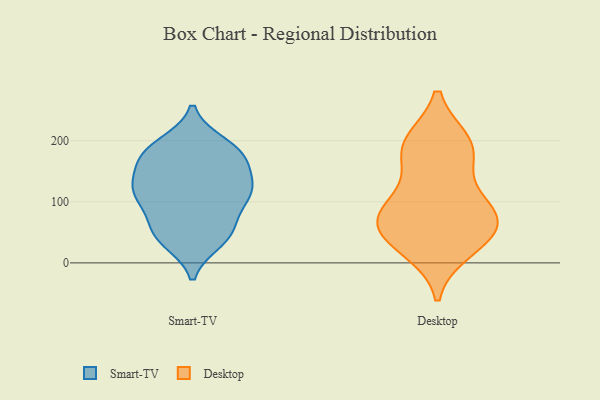
{"axis": {"x": "Customer Acquisition Cost (USD)", "y": "Value"}, "legend": ["Desktop", "Smart-TV"], "data": [{"x": "", "y": 191, "type": "Smart-TV"}, {"x": "", "y": 116, "type": "Smart-TV"}, {"x": "", "y": 176, "type": "Smart-TV"}, {"x": "", "y": 115, "type": "Smart-TV"}, {"x": "", "y": 194, "type": "Smart-TV"}, {"x": "", "y": 121, "type": "Smart-TV"}, {"x": "", "y": 167, "type": "Smart-TV"}, {"x": "", "y": 173, "type": "Smart-TV"}, {"x": "", "y": 48, "type": "Smart-TV"}, {"x": "", "y": 69, "type": "Smart-TV"}, {"x": "", "y": 50, "type": "Smart-TV"}, {"x": "", "y": 99, "type": "Smart-TV"}, {"x": "", "y": 116, "type": "Smart-TV"}, {"x": "", "y": 174, "type": "Smart-TV"}, {"x": "", "y": 138, "type": "Smart-TV"}, {"x": "", "y": 118, "type": "Smart-TV"}, {"x": "", "y": 36, "type": "Smart-TV"}, {"x": "", "y": 42, "type": "Smart-TV"}, {"x": "", "y": 57, "type": "Desktop"}, {"x": "", "y": 189, "type": "Desktop"}, {"x": "", "y": 86, "type": "Desktop"}, {"x": "", "y": 197, "type": "Desktop"}, {"x": "", "y": 35, "type": "Desktop"}, {"x": "", "y": 164, "type": "Desktop"}, {"x": "", "y": 50, "type": "Desktop"}, {"x": "", "y": 22, "type": "Desktop"}, {"x": "", "y": 73, "type": "Desktop"}, {"x": "", "y": 84, "type": "Desktop"}, {"x": "", "y": 98, "type": "Desktop"}, {"x": "", "y": 195, "type": "Desktop"}]}